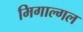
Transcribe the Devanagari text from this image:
मिगाल्गल